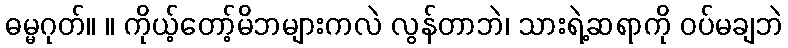
ဓမ္မဂုတ်။ ။ ကိုယ့်တော့်မိဘများကလဲ လွန်တာဘဲ၊ သားရဲ့ဆရာကို ဝပ်မချဘဲ